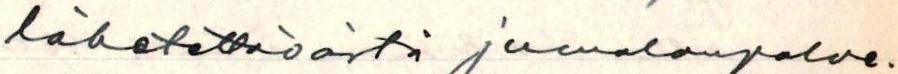
lähetettävästä jumalanpalve-